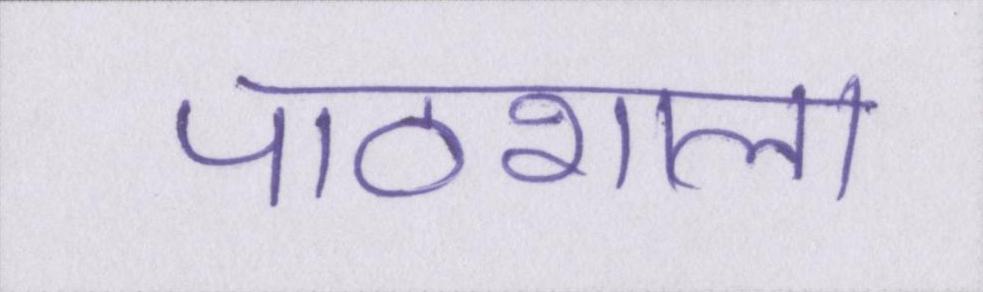
पाठशाला